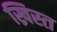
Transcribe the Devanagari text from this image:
ख्रिस्‍त्‍ा